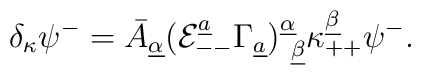
\delta_\kappa\psi^-=\bar A_{\underline \alpha}({\cal E}^{\underline a}_{--}\Gamma_{\underline a})^{\underline \alpha}_{~\underline \beta}\kappa_{++}^{\underline \beta}\psi^-.